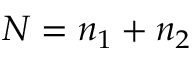
N = n _ { 1 } + n _ { 2 }